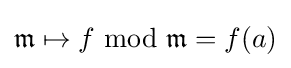
{\mathfrak {m}}\mapsto f\ \mathrm {mod} \ {\mathfrak {m}}=f(a)